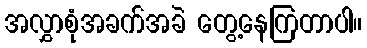
အလွှာစုံအခက်အခဲ တွေ့နေကြတာပါ။